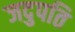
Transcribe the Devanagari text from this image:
जदुपति